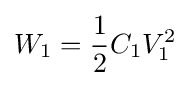
W_{1}={1 \over 2}C_{1}V_{1}^{2}